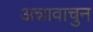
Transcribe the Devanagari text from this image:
अन्नावाचुन